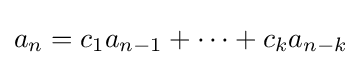
a_{n}=c_{1}a_{n-1}+\dots +c_{k}a_{n-k}